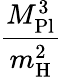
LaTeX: \frac{M_{\mathrm{Pl}}^{3}}{m_{\mathrm{H}}^{2}}